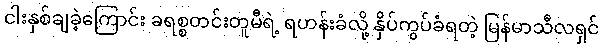
ငါးနှစ်ချခဲ့ကြောင်း ခရစ္စတင်းတူမီရဲ့ ရဟန်းခံလို့ နှိပ်ကွပ်ခံရတဲ့ မြန်မာသီလရှင်